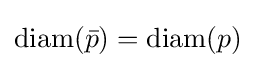
\operatorname {diam} ({\bar {p}})=\operatorname {diam} (p)